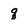
Character: q